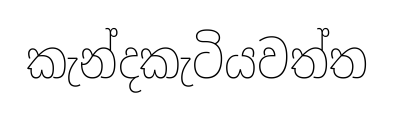
කැන්දකැටියවත්ත